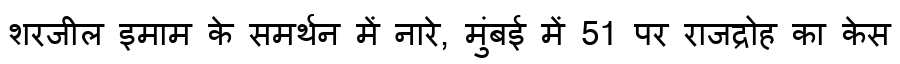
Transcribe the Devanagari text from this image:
शरजील इमाम के समर्थन में नारे, मुंबई में 51 पर राजद्रोह का केस